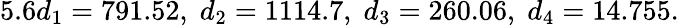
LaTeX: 5.6d_{1}=791.52,\; d_{2}=1114.7,\; d_{3}=260.06,\; d_{4}=14.755.